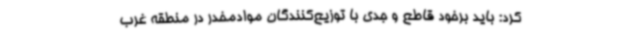
کرد: باید برخود قاطع و جدی با توزیع‌کنندگان موادمخدر در منطقه غرب